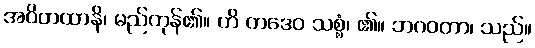
အဝိတထာနိ၊ မည်ကုန်၏။ ဟိ တဒေဝ သစ္စံ၊ ၏။ ဘဂဝတာ၊ သည်။